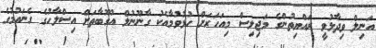
އަނިލް ވިދާޅުވީ ރައްޔިތުންގެ މަޖިލިސް މިއަހަރަށް ހުޅުވުމާއެކު ގާނޫނުލް އުގޫބާތަށް އިސްލާހުގެ ގެނައުމުގެ